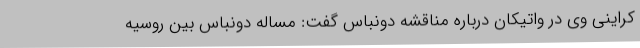
کراینی وی در واتیکان درباره مناقشه دونباس گفت: مساله دونباس بین روسیه